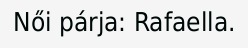
Női párja: Rafaella.